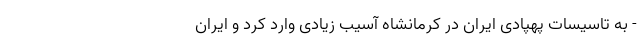
- به تاسیسات پهپادی ایران در کرمانشاه آسیب زیادی وارد کرد و ایران